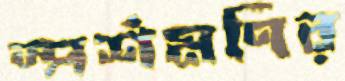
স্পর্শমণির